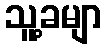
သူ့ခမျာ